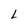
Character: L